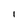
Character: l